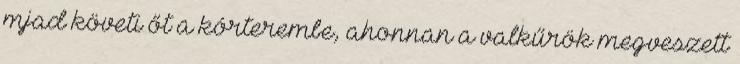
mjad követi őt a kórterembe, ahonnan a valkűrök megveszett